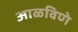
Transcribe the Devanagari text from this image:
आळविणे